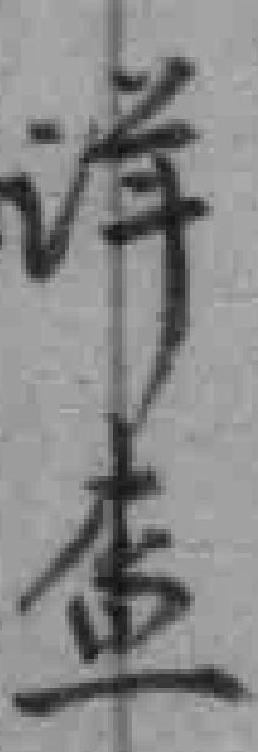
详查